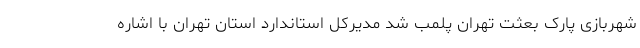
شهربازی پارک بعثت تهران پلمب شد مدیرکل استاندارد استان تهران با اشاره